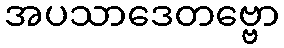
အပသာဒေတဗ္ဗော